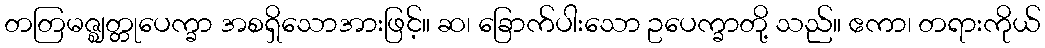
တတြမဇ္ဈတ္တုပေက္ခာ အစရှိသောအားဖြင့်။ ဆ၊ ခြောက်ပါးသော ဥပေက္ခာတို့ သည်။ ဧကာ၊ တရားကိုယ်